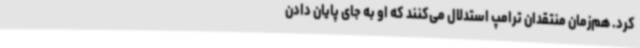
کرد. هم‌زمان منتقدان ترامپ استدلال می‌کنند که او به جای پایان دادن